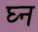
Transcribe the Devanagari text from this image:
घ्न